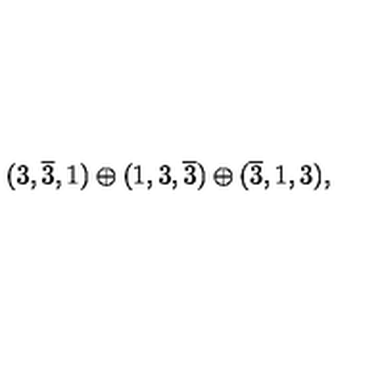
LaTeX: ( 3 , \overline { { 3 } } , 1 ) \oplus ( 1 , 3 , \overline { { 3 } } ) \oplus ( \overline { { 3 } } , 1 , 3 ) ,